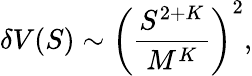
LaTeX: \delta V(S)\sim\left(\frac{S^{2+K}}{M^{K}}\right)^{2},